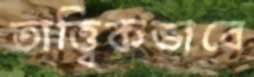
তাত্ত্বিকভাবে